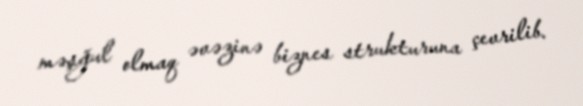
məşğul olmaq əvəzinə biznes strukturuna çevrilib.